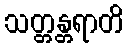
သတ္တန္တရာတိ